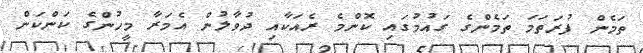
ތަމެން ފުރަތަމަ ތަމެންގެ ގައުމުގައި ކޮންމެ ރެއަކާއި ދުވާލުން އެމަރާ މީހުންގެ ކަންކަން